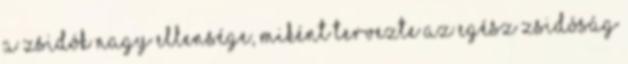
a zsidók nagy ellensége, miként tervezte az egész zsidóság